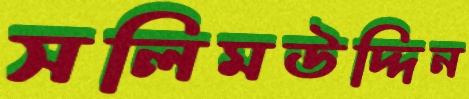
সলিমউদ্দিন